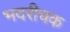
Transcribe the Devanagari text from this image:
भदरीचक